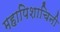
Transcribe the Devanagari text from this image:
महापिशाचिनी